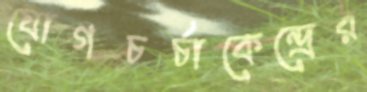
যোগচর্চাকেন্দ্রের